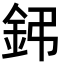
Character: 鈟